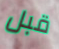
قبل